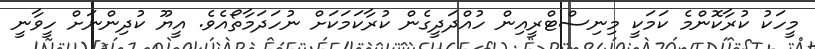
މީހަކު ކުރާކޮންމެ ކަމަކީ މިނިސްޓްރީއިން ހުއްދަދީގެން ކުރާކަމަކަށް ނުހަދަމާތޯއެވެ. އީޔޫ ކުދިންނަށް ހީވާނީ